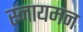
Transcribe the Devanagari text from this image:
स्नायमन